Document type: Sale
Year: 1439
Scribe: Arnau d'Illes
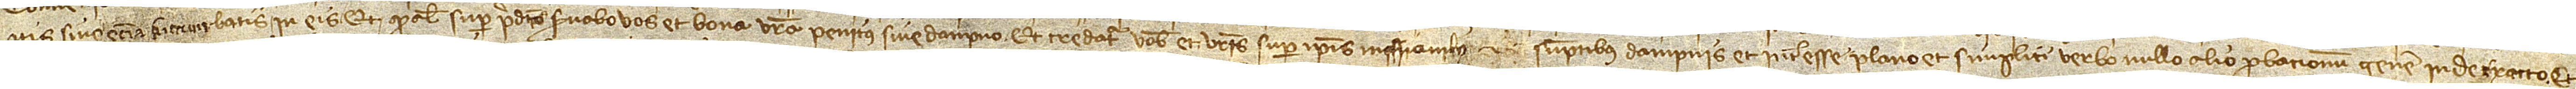
atis sive etiam succumbatis  in eis, et quod aliter super predictis servabo vos et bona vestra penitus sive dampno. Et credatur vobis et vestris super ipsis missionibus et  sumptibus, dampnis et interesse plano et simplici verbo, nullo alio probacionum genere inde exacto. Et